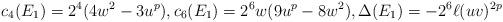
LaTeX: \begin{align*} c_4(E_1) = 2^4(4w^2 - 3u^p), c_6(E_1) = 2^6w(9u^p-8w^2), \Delta(E_1) = -2^6 \ell (uv)^{2p}\end{align*}